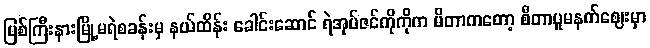
မြစ်ကြီးနားမြို့မရဲစခန်းမှ နယ်ထိန်း ခေါင်းဆောင် ရဲအုပ်ဇင်ကိုကိုက မိတာကတော့ စီတာပူမနက်ဈေးမှာ